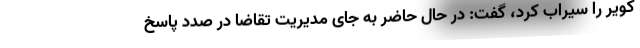
کویر را سیراب کرد، گفت: در حال حاضر به جای مدیریت تقاضا در صدد پاسخ